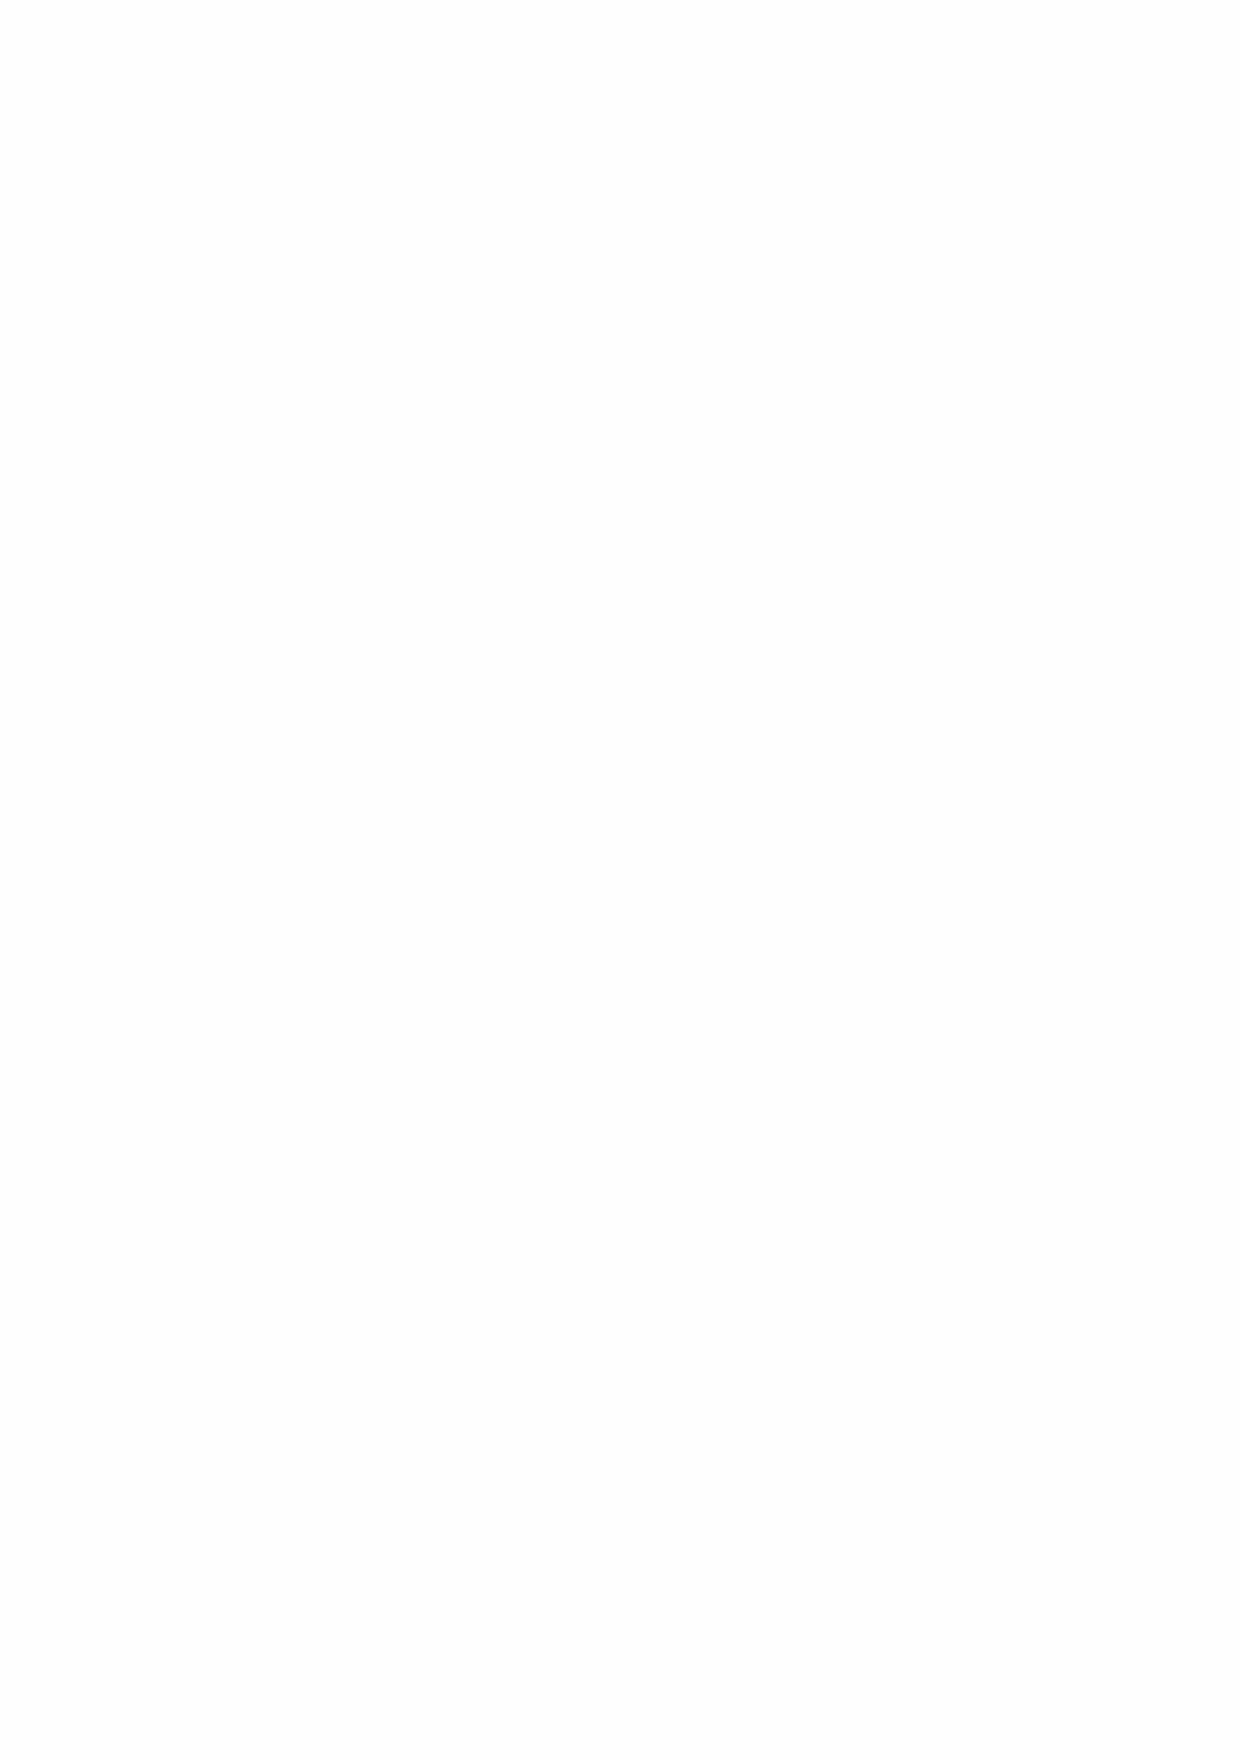
4. We will now add a new page to the site. This page will display three pictures with captions from the
 SpongeBob movie.
 a  Choose File > New from the menu.
 So that the new page looks like the others we will use the sbsp template.
 In the dialogue that appears choose Page from Template and then from the sbsp site choose the
 sbsp_template.
 When ready click Create and a new page called Untitled-1 will appear in the document window.
 b  On the toolbar of this page click in the Title box and rename it Movie.
 Page titles are easier to remember and use than file names. The page title will also be displayed in the title
 bar when the page is opened in a browser.
 c  Save the page as movie.html in the sbsp folder.
 You will see it appear in the files panel.
 Note: if the file does not appear automatically click on the Refresh button at the top of the files panel (or
 press the F5 function key).
 d  View the page in the browser (F12).
 5. Next we will add some images to this page.
 a  In the files panel open the images folder and then the movie folder.
 These are pictures from the movie.
 b  Click once on any of the images to select it, and then drag it onto the page in
 the document window so that it is positioned in the main section.
 If you are prompted to add alternate text (Image Tag Accessibility) choose Cancel at this stage. (The use
 of alternate text will be explained in Activity 4.)
 If you do not want this particular image press Delete while it is still selected.
 c  Click once on the image to select it and use the image handles to resize the picture to a smaller size.
 Hint: if you hold down the Shift key as you do this, the picture will resize in proportion.
 You can see that the size of the image in kilobytes (K) and pixels is shown in the properties inspector,
 along with a Reset Size button.